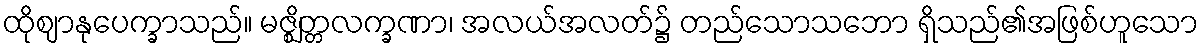
ထိုဈာနုပေက္ခာသည်။ မဇ္ဈိတ္တလက္ခဏာ၊ အလယ်အလတ်၌ တည်သောသဘော ရှိသည်၏အဖြစ်ဟူသော